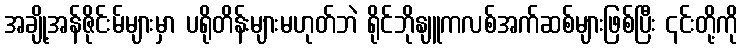
အချို့အန်ဇိုင်းမ်များမှာ ပရိုတိန်းများမဟုတ်ဘဲ ရိုင်ဘိုနျူကလစ်အက်ဆစ်များဖြစ်ပြီး ၎င်းတို့ကို